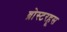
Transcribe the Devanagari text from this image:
ब्रोस्टरहूस